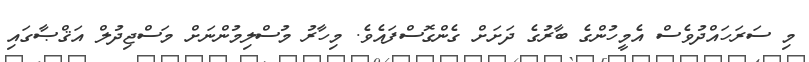
މި ސަރަހައްދުވެސް އެމީހުންގެ ބާރުގެ ދަށަށް ގެންގޮސްފައެވެ. މިހާރު މުސްލިމުންނަށް މަސްޖިދުލް އަޤްޞާގައި